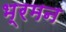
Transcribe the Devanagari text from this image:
भ्रमन